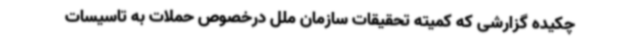
چکیده گزارشی که کمیته تحقیقات سازمان ملل درخصوص حملات به تاسیسات